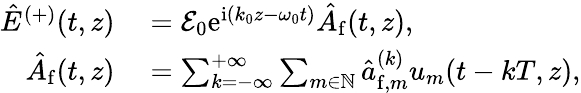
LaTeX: \begin{array}{rl}{\hat{E}^{(+)}(t,z)}&{{}=\mathcal{E}_{0}\mathrm{e}^{\mathrm{i}\left(k_{0}z-\omega_{0}t\right)}\hat{A}_{\mathrm{f}}(t,z),}\\ {\hat{A}_{\mathrm{f}}(t,z)}&{{}=\sum_{k=-\infty}^{+\infty}\sum_{m\in\mathbb{N}}\hat{a}_{\mathrm{f},m}^{(k)}u_{m}(t-kT,z),}\end{array}